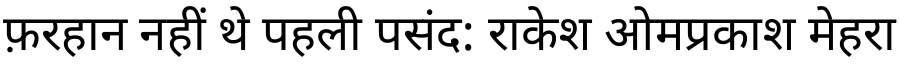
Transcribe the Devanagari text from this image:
फ़रहान नहीं थे पहली पसंद: राकेश ओमप्रकाश मेहरा